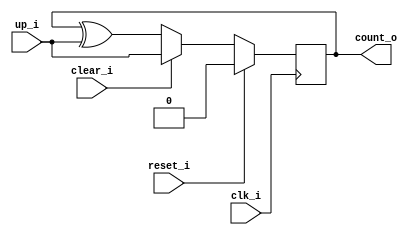
// This program was cloned from: https://github.com/NYU-MLDA/OpenABC
// License: BSD 3-Clause "New" or "Revised" License

module bsg_counter_clear_up_max_val_p1_init_val_p0
(
  clk_i,
  reset_i,
  clear_i,
  up_i,
  count_o
);

  output [0:0] count_o;
  input clk_i;
  input reset_i;
  input clear_i;
  input up_i;
  wire [0:0] count_o;
  wire N0,N1,N2,N3,N4,N5,N6,N7,N8;
  reg count_o_0_sv2v_reg;
  assign count_o[0] = count_o_0_sv2v_reg;

  always @(posedge clk_i) begin
    if(1'b1) begin
      count_o_0_sv2v_reg <= N8;
    end 
  end

  assign N6 = count_o[0] ^ up_i;
  assign N7 = (N0)? up_i : 
              (N1)? N6 : 1'b0;
  assign N0 = clear_i;
  assign N1 = N5;
  assign N8 = (N2)? 1'b0 : 
              (N3)? N7 : 1'b0;
  assign N2 = reset_i;
  assign N3 = N4;
  assign N4 = ~reset_i;
  assign N5 = ~clear_i;

endmodule